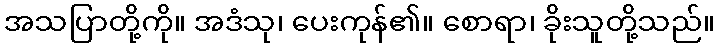
အသပြာတို့ကို။ အဒံသု၊ ပေးကုန်၏။ စောရာ၊ ခိုးသူတို့သည်။